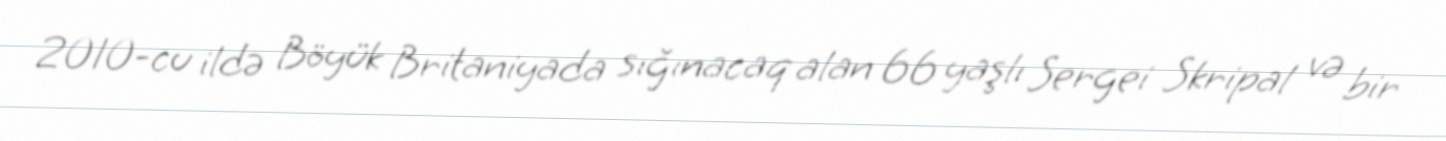
2010-cu ildə Böyük Britaniyada sığınacaq alan 66 yaşlı Sergei Skripal və bir